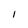
Character: I